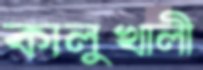
কালুখালী